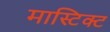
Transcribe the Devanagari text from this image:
मास्टिक्ट